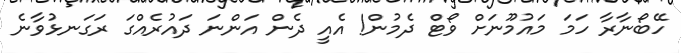
ހޭބޯނާރާ ހަމަ މައުމޫނަށް ވޯޓް ދެމުން! އެއީ ދެން އަންނަ ދައުރެއްގަ ރަގަނޅުވާނެ